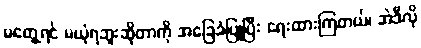
မတွေ့ရင် မယုံရဘူးဆိုတာကို အခြေခံပြုပြီး ရေးထားကြတယ်၊ အဲဒီလို